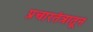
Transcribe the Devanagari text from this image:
प्रचारतंत्रातून